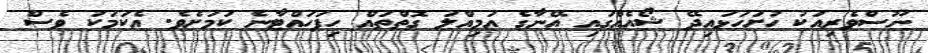
ނޫސްވެރިއަކު ހުށަހަޅައިދޭ ޝޯއެއްގައި އޭނާގެ އަމިއްލަ ގޮތްތައް ހިފަހައްޓާނެ ކަމަށެވެ. އެކަމަކު ވެސް